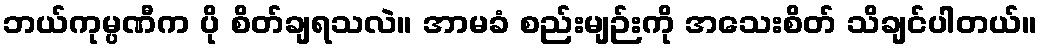
ဘယ်ကုမ္ပဏီက ပို စိတ်ချရသလဲ။ အာမခံ စည်းမျဉ်းကို အသေးစိတ် သိချင်ပါတယ်။